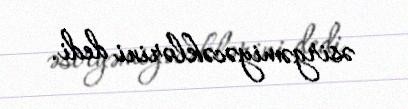
əsirgəmiyəcəklərini dedi.